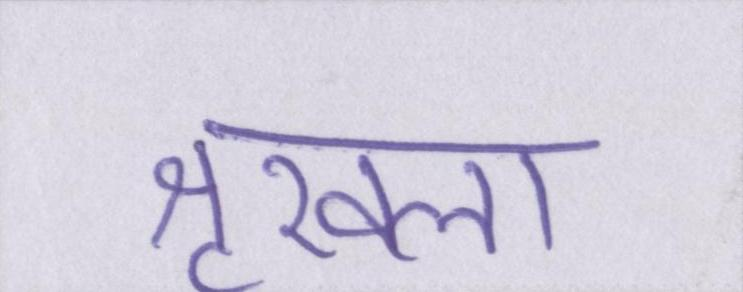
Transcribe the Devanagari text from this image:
शृखला